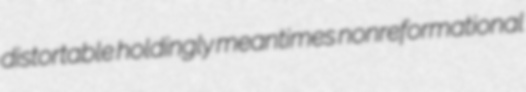
distortable holdingly meantimes nonreformational